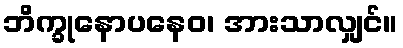
ဘိက္ခုနောပနေဝ၊ အားသာလျှင်။